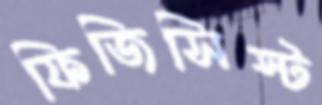
ফিজিসিস্ট